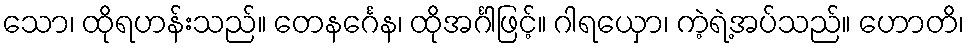
သော၊ ထိုရဟန်းသည်။ တေနင်္ဂေန၊ ထိုအင်္ဂါဖြင့်။ ဂါရယှော၊ ကဲ့ရဲ့အပ်သည်။ ဟောတိ၊